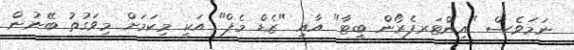
ނަމަވެސް "އިންޓަރފެރޯން ބީޓާ" އާއި "ޒެޑް މެޕް" އަކީ މިކަމަށް މިވަގުތު ބޭނުން